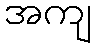
အကျ